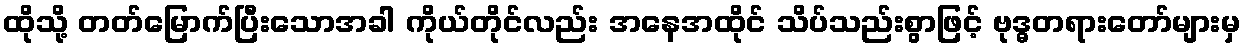
ထိုသို့ တတ်မြောက်ပြီးသောအခါ ကိုယ်တိုင်လည်း အနေအထိုင် သိပ်သည်းစွာဖြင့် ဗုဒ္ဓတရားတော်များမှ